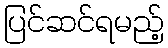
ပြင်ဆင်ရမည့်